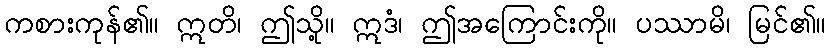
ကစားကုန်၏။ ဣတိ၊ ဤသို့။ ဣဒံ၊ ဤအကြောင်းကို။ ပဿာမိ၊ မြင်၏။